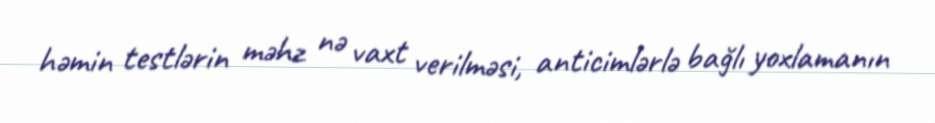
həmin testlərin məhz nə vaxt verilməsi, anticimlərlə bağlı yoxlamanın